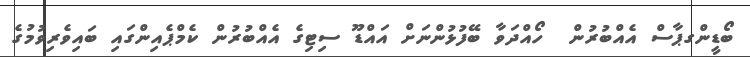
ބޯޑީންގޕާސް އެއްބުރުން  ހޯއްދަވާ ބޭފުޅުންނަށް އައްޑޫ ސިޓިގެ އެއްބުރުން ކެމްޕެއިންގައި ބައިވެރިވުމުގެ